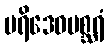
ပရိဒေဝမစ္ဆရံ